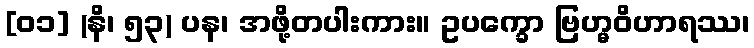
[၀၁] (နိ၊ ၅၃) ပန၊ အဖို့တပါးကား။ ဥပက္ခော ဗြဟ္မဝိဟာရဿ၊